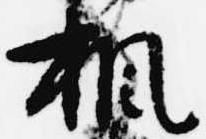
楓